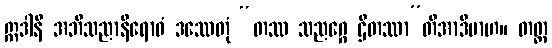
ဣဒါနိ အဘိသညာနိရောဓံ ဒဿေတုံ “တဿ သညဂ္ဂေ ဌိတဿာ”တိအာဒိမာဟ။ တတ္ထ